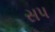
સપ